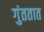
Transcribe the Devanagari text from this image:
गुंततात